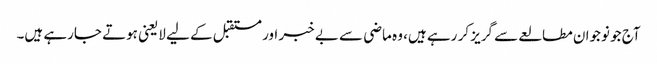
آج جو نوجوان مطالعے سے گریز کر رہے ہیں، وہ ماضی سے بے خبر اور مستقبل کے لیے لایعنی ہوتے جارہے ہیں۔